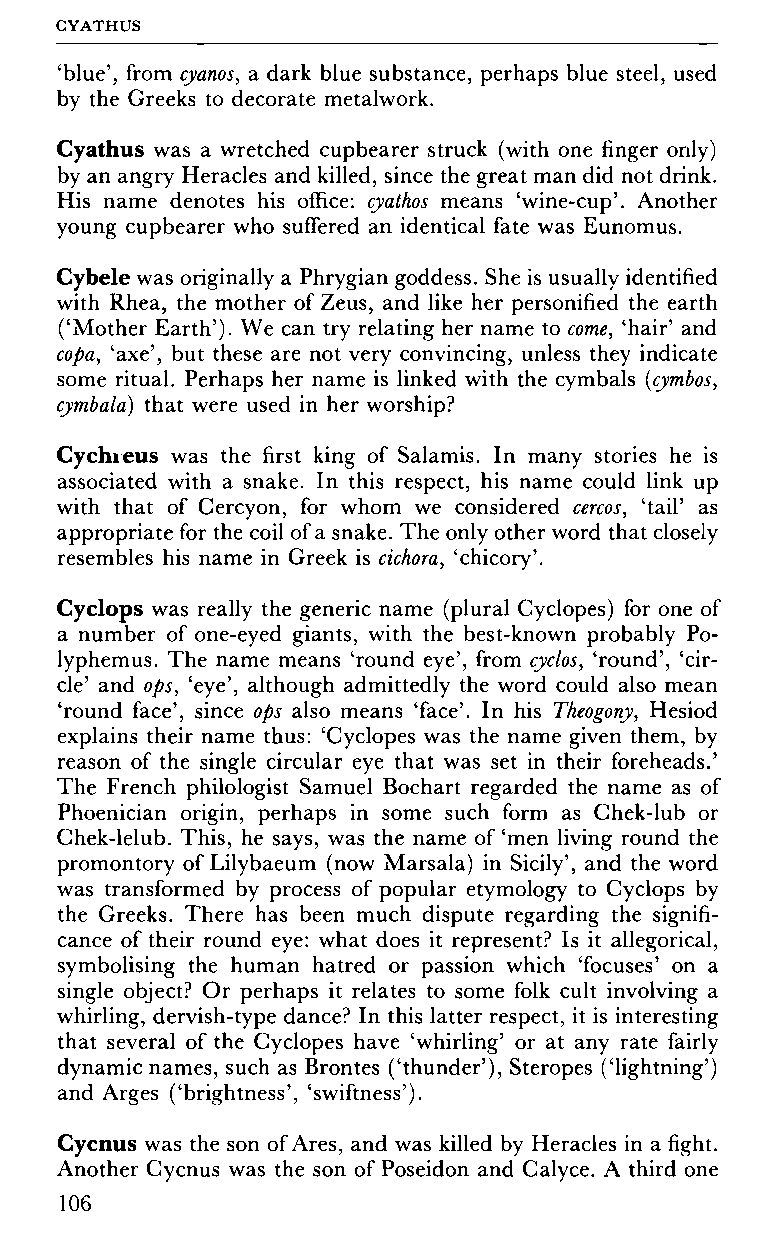
GYATHUS
 'blue', from cyanos, a dark blue substance, perhaps blue steel, used
 by the Greeks to decorate metalwork.
 Cyathus was a wretched cupbearer struck (with one finger only)
 by an angry Heracles and killed, since the great man did not drink.
 His name denotes his office: cyathos means 'wine-cup'. Another
 young cupbearer who suffered an identical fate was Eunomus.
 Cybele was originally a Phrygian goddess. She is usually identified
 with Rhea, the mother of Zeus, and like her personified the earth
 ('Mother Earth'). We can try relating her name to come, 'hair' and
 copa, 'axe', but these are not very convincing, unless they indicate
 some ritual. Perhaps her name is linked with the cymbals (cymbos,
 cymbalo) that were used in her worship?
 Cychreus was the first king of Salamis. In many stories he is
 associated with a snake. In this respect, his name could link up
 with that of Cercyon, for whom we considered cercos, 'tail' as
 appropriate for the coil of a snake. The only other word that closely
 resembles his name in Greek is cichora, 'chicory'.
 Cyclops was really the generic name (plural Cyclopes) for one of
 a number of one-eyed giants, with the best-known probably Po
 lyphemus. The name means 'round eye', from cyclos, 'round', 'cir
 cle' and ops, 'eye', although admittedly the word could also mean
 'round face', since ops also means 'face'. In his Theogony, Hesiod
 explains their name thus: 'Cyclopes was the name given them, by
 reason of the single circular eye that was set in their foreheads.'
 The French philologist Samuel Bochart regarded the name as of
 Phoenician origin, perhaps in some such form as Chek-lub or
 Chek-lelub. This, he says, was the name of 'men living round the
 promontory of Lilybaeum (now Marsala) in Sicily', and the word
 was transformed by process of popular etymology to Cyclops by
 the Greeks. There has been much dispute regarding the signifi
 cance of their round eye: what does it represent? Is it allegorical,
 symbolising the human hatred or passion which 'focuses' on a
 single object? Or perhaps it relates to some folk cult involving a
 whirling, dervish-type dance? In this latter respect, it is interesting
 that several of the Cyclopes have 'whirling' or at any rate fairly
 dynamic names, such as Brontes ('thunder'), Steropes ('lightning')
 and Arges ('brightness', 'swiftness').
 Cycnus was the son of Ares, and was killed by Heracles in a fight.
 Another Cycnus was the son of Poseidon and Calyce. A third one
 106